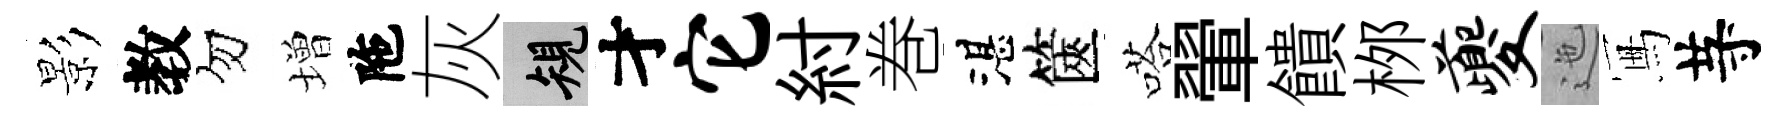
影教勿増陁灰規才它紂巻湛篋嗒翬饋桞夔迤冩䒭